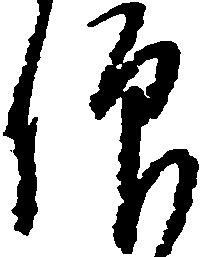
仰